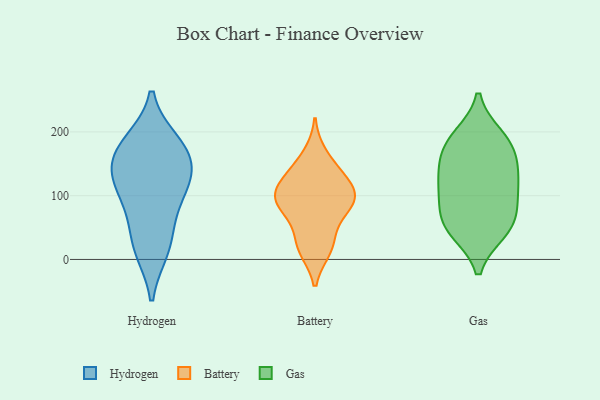
{"axis": {"x": "Latency (ms)", "y": "Value"}, "legend": ["Battery", "Gas", "Hydrogen"], "data": [{"x": "", "y": 131, "type": "Hydrogen"}, {"x": "", "y": 119, "type": "Hydrogen"}, {"x": "", "y": 19, "type": "Hydrogen"}, {"x": "", "y": 15, "type": "Hydrogen"}, {"x": "", "y": 92, "type": "Hydrogen"}, {"x": "", "y": 159, "type": "Hydrogen"}, {"x": "", "y": 183, "type": "Hydrogen"}, {"x": "", "y": 184, "type": "Hydrogen"}, {"x": "", "y": 124, "type": "Hydrogen"}, {"x": "", "y": 162, "type": "Hydrogen"}, {"x": "", "y": 61, "type": "Hydrogen"}, {"x": "", "y": 86, "type": "Battery"}, {"x": "", "y": 96, "type": "Battery"}, {"x": "", "y": 97, "type": "Battery"}, {"x": "", "y": 134, "type": "Battery"}, {"x": "", "y": 91, "type": "Battery"}, {"x": "", "y": 71, "type": "Battery"}, {"x": "", "y": 33, "type": "Battery"}, {"x": "", "y": 98, "type": "Battery"}, {"x": "", "y": 164, "type": "Battery"}, {"x": "", "y": 16, "type": "Battery"}, {"x": "", "y": 133, "type": "Battery"}, {"x": "", "y": 18, "type": "Battery"}, {"x": "", "y": 119, "type": "Battery"}, {"x": "", "y": 64, "type": "Gas"}, {"x": "", "y": 191, "type": "Gas"}, {"x": "", "y": 44, "type": "Gas"}, {"x": "", "y": 92, "type": "Gas"}, {"x": "", "y": 129, "type": "Gas"}, {"x": "", "y": 175, "type": "Gas"}, {"x": "", "y": 148, "type": "Gas"}, {"x": "", "y": 168, "type": "Gas"}, {"x": "", "y": 44, "type": "Gas"}, {"x": "", "y": 121, "type": "Gas"}, {"x": "", "y": 193, "type": "Gas"}, {"x": "", "y": 86, "type": "Gas"}, {"x": "", "y": 51, "type": "Gas"}, {"x": "", "y": 120, "type": "Gas"}]}